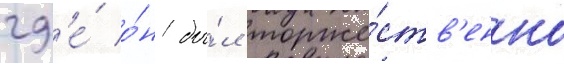
гд'е́ о́н бы́л торже́ств'енно